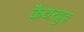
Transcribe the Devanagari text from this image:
कैथरवुड